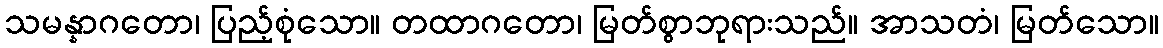
သမန္နာဂတော၊ ပြည့်စုံသော။ တထာဂတော၊ မြတ်စွာဘုရားသည်။ အာသတံ၊ မြတ်သော။